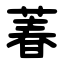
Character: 萶